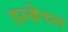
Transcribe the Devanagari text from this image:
हम्ब्रेच्त